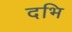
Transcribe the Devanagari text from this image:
दभि